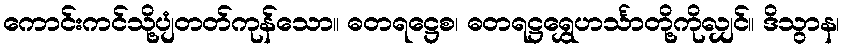
ကောင်းကင်သို့ပျံတတ်ကုန်သော။ ဓတရဋ္ဌေစ၊ ဓတရဋ္ဌရွှေဟင်္သာတို့ကိုလျှင်။ ဒိသွာန၊